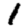
Digit: 1